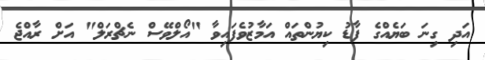
އަދި ގިނަ ބަޔެއްގެ ފާޑު ކިޔުންތައް އަމާޒުވެފައިވާ "އޯލްވޭސް ނެޗްރަލް" އަށް ރާއްޖެ